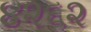
૪૨૬૨